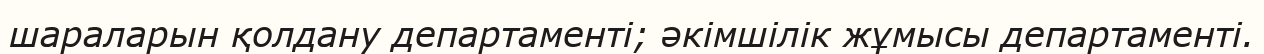
шараларын қолдану департаменті; әкімшілік жұмысы департаменті.